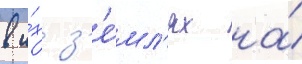
в и́х з'е́мл'ях на́